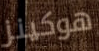
هوكينز